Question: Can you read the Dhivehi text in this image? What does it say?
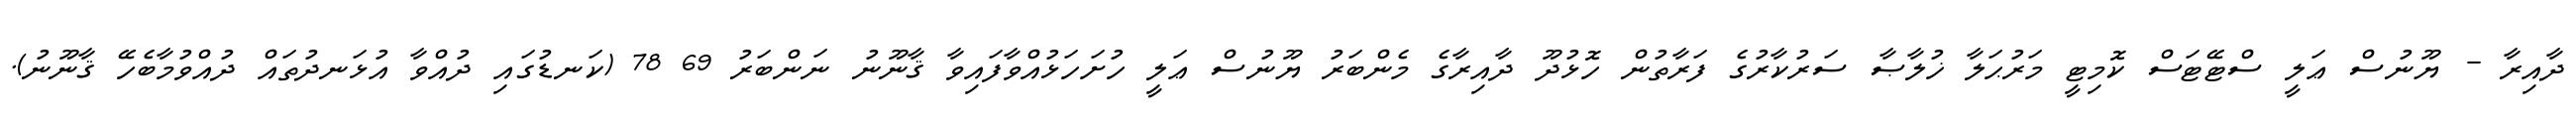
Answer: ދާއިރާ - ޔޫނުސް ޢަލީ ސްޓޭޓަސް ކޮމިޓީ މަރުޙަލާ ޚުލާޞާ ސަރުކާރުގެ ފަރާތުން ހޮޅުދޫ ދާއިރާގެ މެންބަރު ޔޫނުސް ޢަލީ ހުށަހަޅުއްވާފައިވާ ޤާނޫނު ނަންބަރު 69 78 (ކަނޑުގައި ދުއްވާ އުޅަނދުތައް ދުއްވުމާބެހޭ ޤާނޫނު).